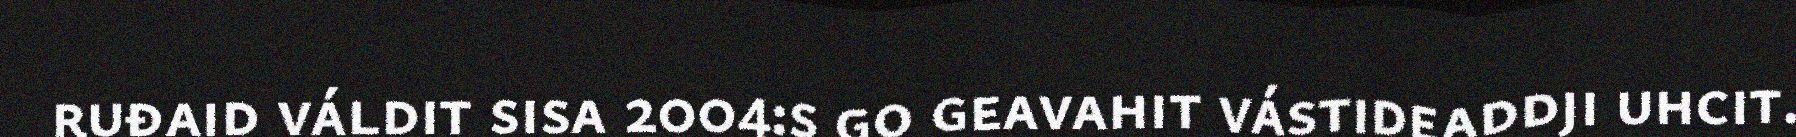
ruđaid váldit sisa 2004:s go geavahit vástideaddji uhcit.